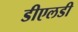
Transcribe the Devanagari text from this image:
डीएलडी